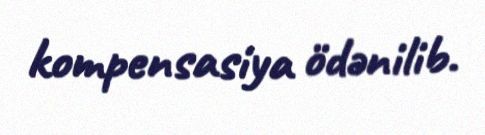
kompensasiya ödənilib.